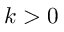
k > 0